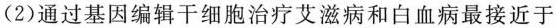
(2)通过基因编辑干细胞治疗艾滋病和白血病最接近于